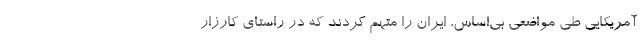
آمریکایی طی مواضعی بی‌اساس، ایران را متهم کردند که در راستای کارزار